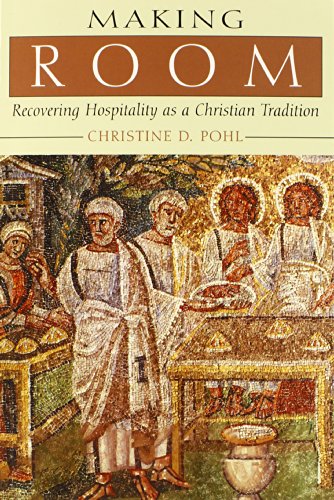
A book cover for Making Room: Recovering Hospitality as a Christian Tradition; Chistine D. Pohl; Christian Books & Bibles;